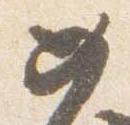
女